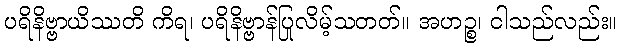
ပရိနိဗ္ဗာယိဿတိ ကိရ၊ ပရိနိဗ္ဗာန်ပြုလိမ့်သတတ်။ အဟဉ္စ၊ ငါသည်လည်း။